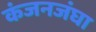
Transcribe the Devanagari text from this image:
कंजनजंघा